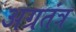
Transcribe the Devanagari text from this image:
अग्रतंत्र